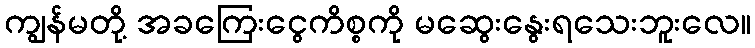
ကျွန်မတို့ အခကြေးငွေကိစ္စကို မဆွေးနွေးရသေးဘူးလေ။